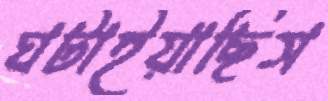
ঘটাইয়াছিস